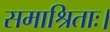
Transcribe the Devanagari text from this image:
समाश्रिताः।